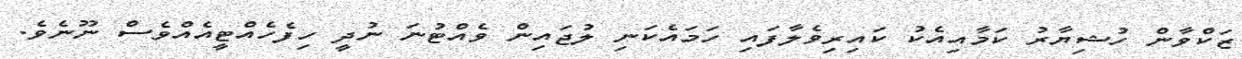
ޒަކްވާން ހުޝިޔާރު ކަމާއިއެކު ކައިރިވެލާފައި ހަމައެކަނި ލުޖައިން ވެއްޓުނަ ނުދީ ހިފެހެއްޓީއެއްވެސް ނޫނެވެ.